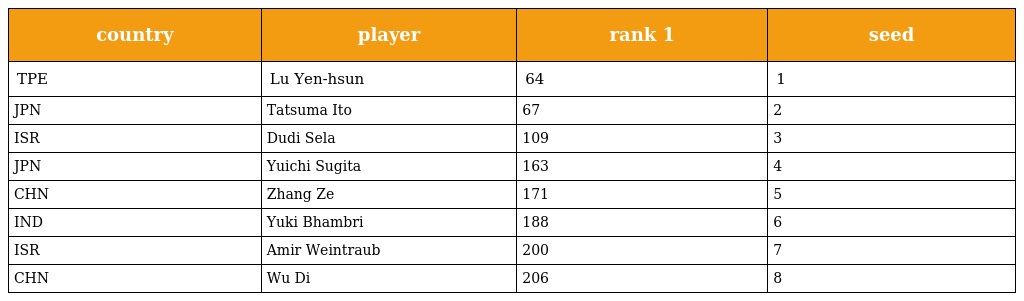
| country | player | rank 1 | seed |
 | --- | --- | --- | --- |
 | TPE | Lu Yen-hsun | 64 | 1 |
 | JPN | Tatsuma Ito | 67 | 2 |
 | ISR | Dudi Sela | 109 | 3 |
 | JPN | Yuichi Sugita | 163 | 4 |
 | CHN | Zhang Ze | 171 | 5 |
 | IND | Yuki Bhambri | 188 | 6 |
 | ISR | Amir Weintraub | 200 | 7 |
 | CHN | Wu Di | 206 | 8 |